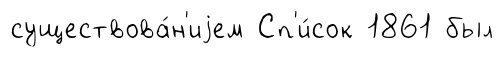
существова́н'иjем Сп'и́сок 1861 был